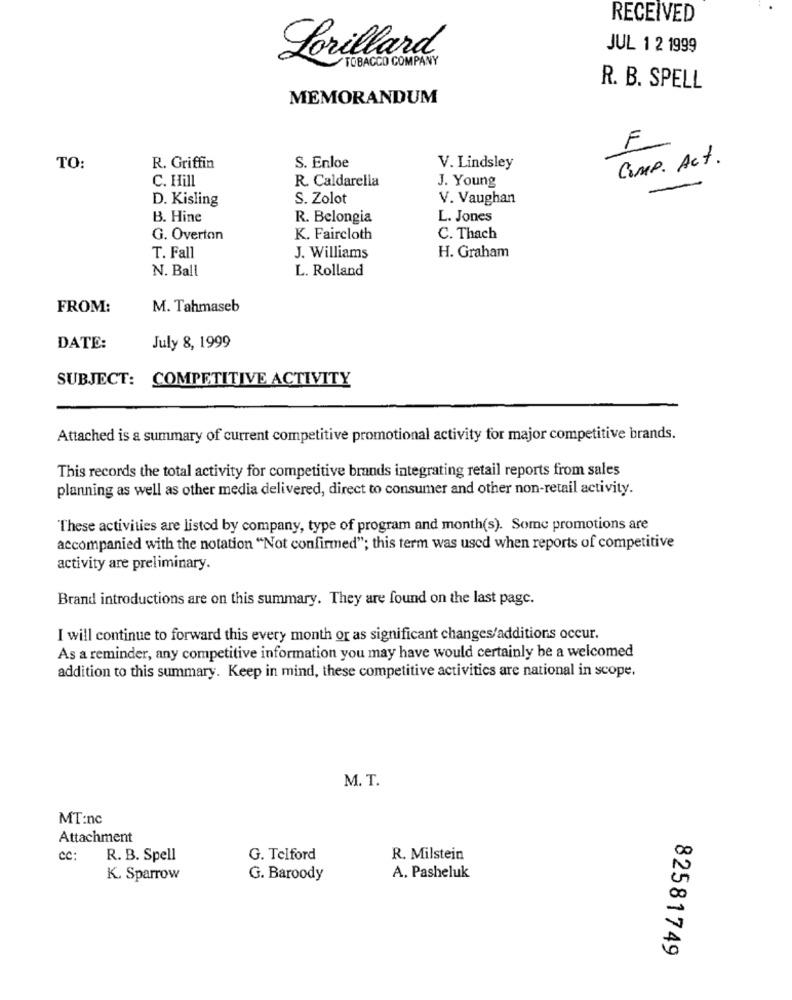
RECEIVED
Lorillard
JUL 1 2 1999
TOBACCO COMPANY
R. B. SPELL
MEMORANDUM
F
S. Enloe
COMP. Act.
TO:
R. Griffin
V. Lindsley
C. Hill
R. Caldarella
J. Young
D. Kisling
S. Zolot
V. Vaughan
B. Hine
R. Belongia
L. Jones
G. Overton
K. Faircloth
C. Thach
T. Fall
J. Williams
H. Graham
N. Ball
L. Rolland
FROM:
M. Tahmaseb
DATE:
July 8, 1999
SUBJECT: COMPETITIVE ACTIVITY
Attached is a summary of current competitive promotional activity for major competitive brands.
This records the total activity for competitive brands integrating retail reports from sales
planning as well as other media delivered, direct to consumer and other non-retail activity.
These activities are listed by company, type of program and month(s). Some promotions are
accompanied with the notation "Not confirmed"; this term was used when reports of competitive
activity are preliminary.
Brand introductions are on this summary. They are found on the last page.
I will continue to forward this every month or as significant changes/additions occur.
As a reminder, any competitive information you may have would certainly be a welcomed
addition to this summary. Keep in mind, these competitive activities are national in scope.
M. T.
MT:nc
Attachment
cc:
R. B. Spell
G. Telford
R. Milstein
K. Sparrow
G. Baroody
A. Pasheluk
82581749